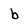
Character: b